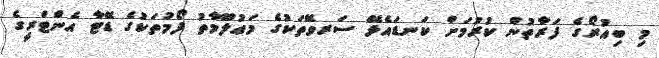
މި ބިއުރޯގެ ފަރާތުން ކުރުމަށް ކަނޑައެޅޭ ސަރވޭތަކުގެ މަޢުލޫމާތު ފޯމުތަކުގެ ޑޭޓާ އެންޓްރީގެ